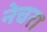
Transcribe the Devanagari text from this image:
नेचरा